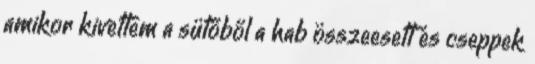
amikor kivettem a sütőből a hab összeesett és cseppek